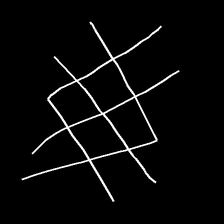
Glyph: crystal